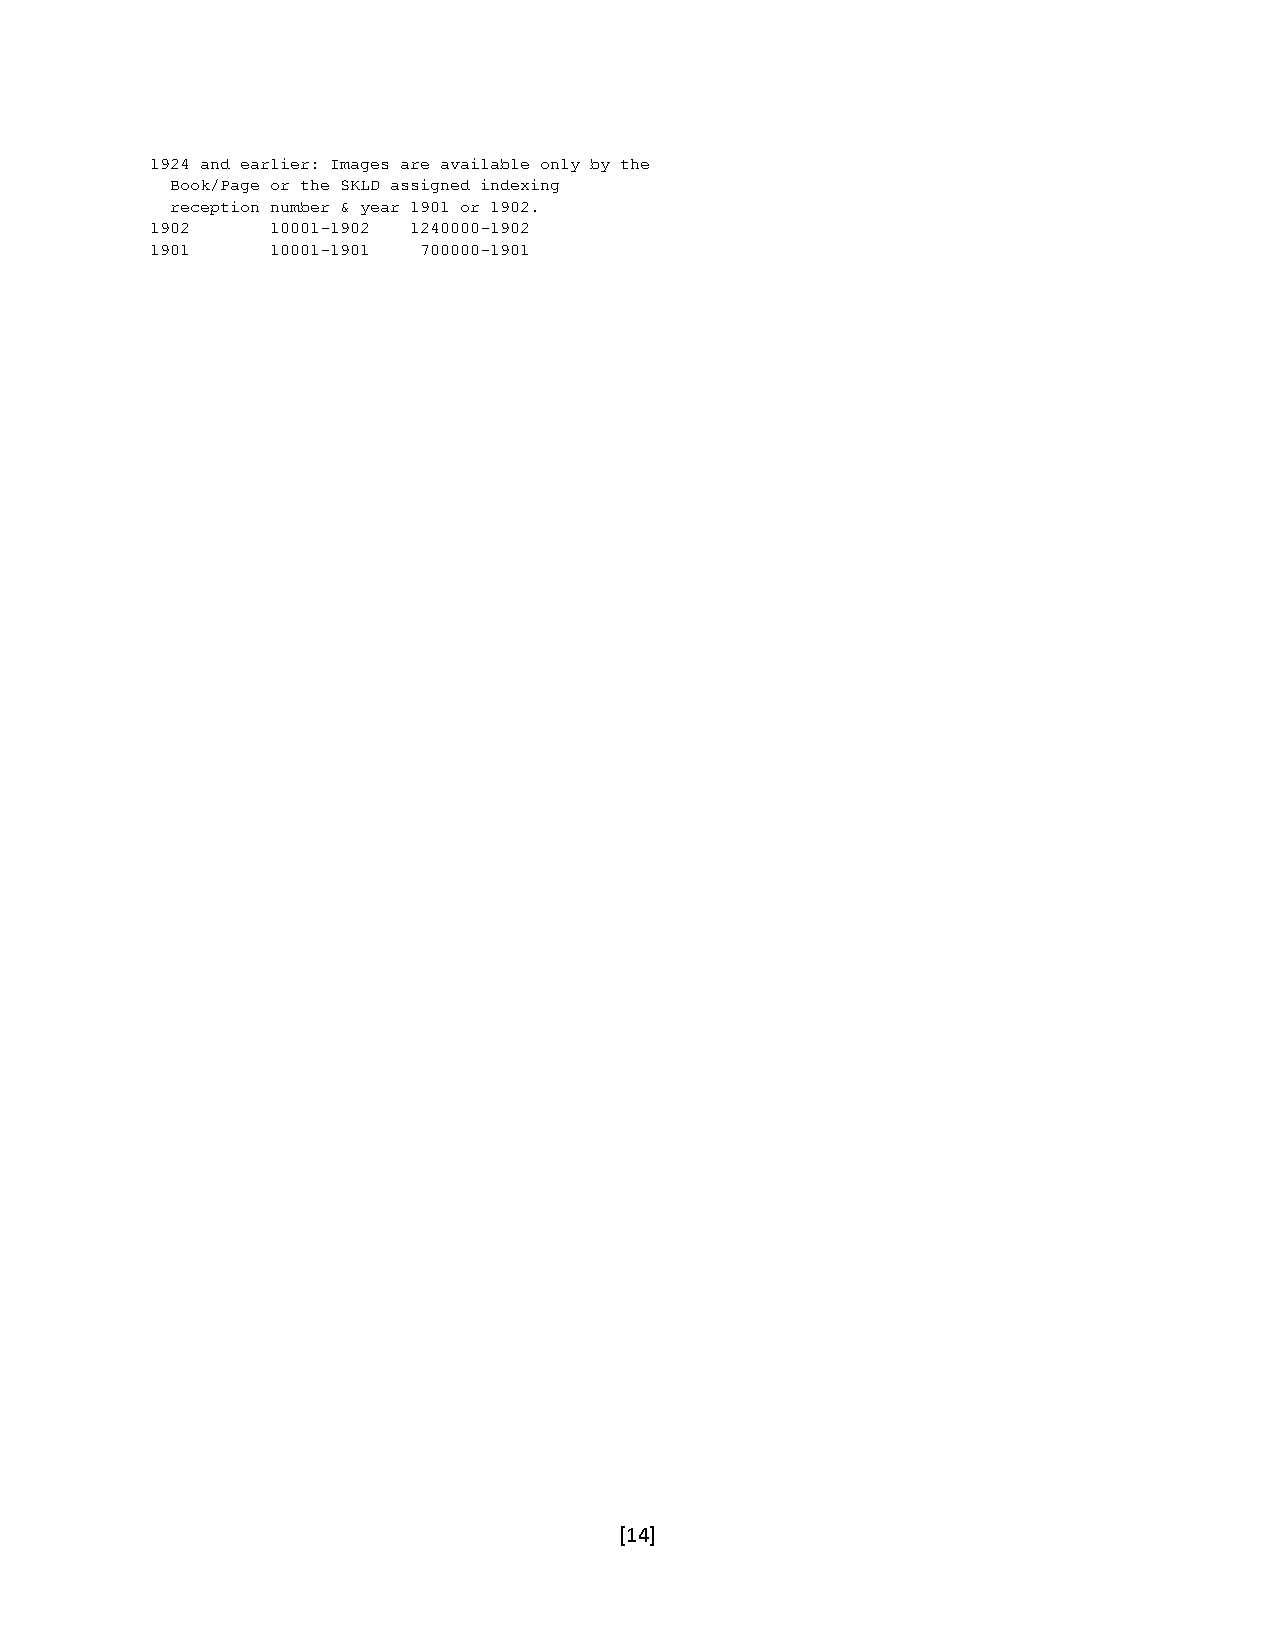
1924 and earlier: Images are available only by the
 Book/Page or the SKLD assigned indexing
 reception number & year 1901 or 1902.
 1902    10001-1902 1240000-1902
 1901    10001-1901 700000-1901
 [14]